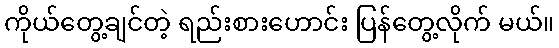
ကိုယ်တွေ့ချင်တဲ့ ရည်းစားဟောင်း ပြန်တွေ့လိုက် မယ်။